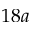
1 8 a